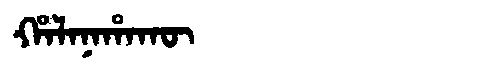
Manchu: ᡥᠠᠯᠠᠨᠠᡥᠠᡴᡡ
Romanization: HALANAHAKŪ